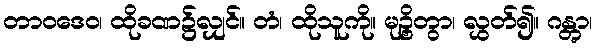
တာဝဒေဝ၊ ထိုခဏ၌လျှင်။ တံ၊ ထိုသူကို။ မုဉ္စိတွာ၊ လွှတ်၍။ ဂန္တွာ၊